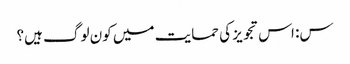
س: اس تجویز کی حمایت میں کون لوگ ہیں؟